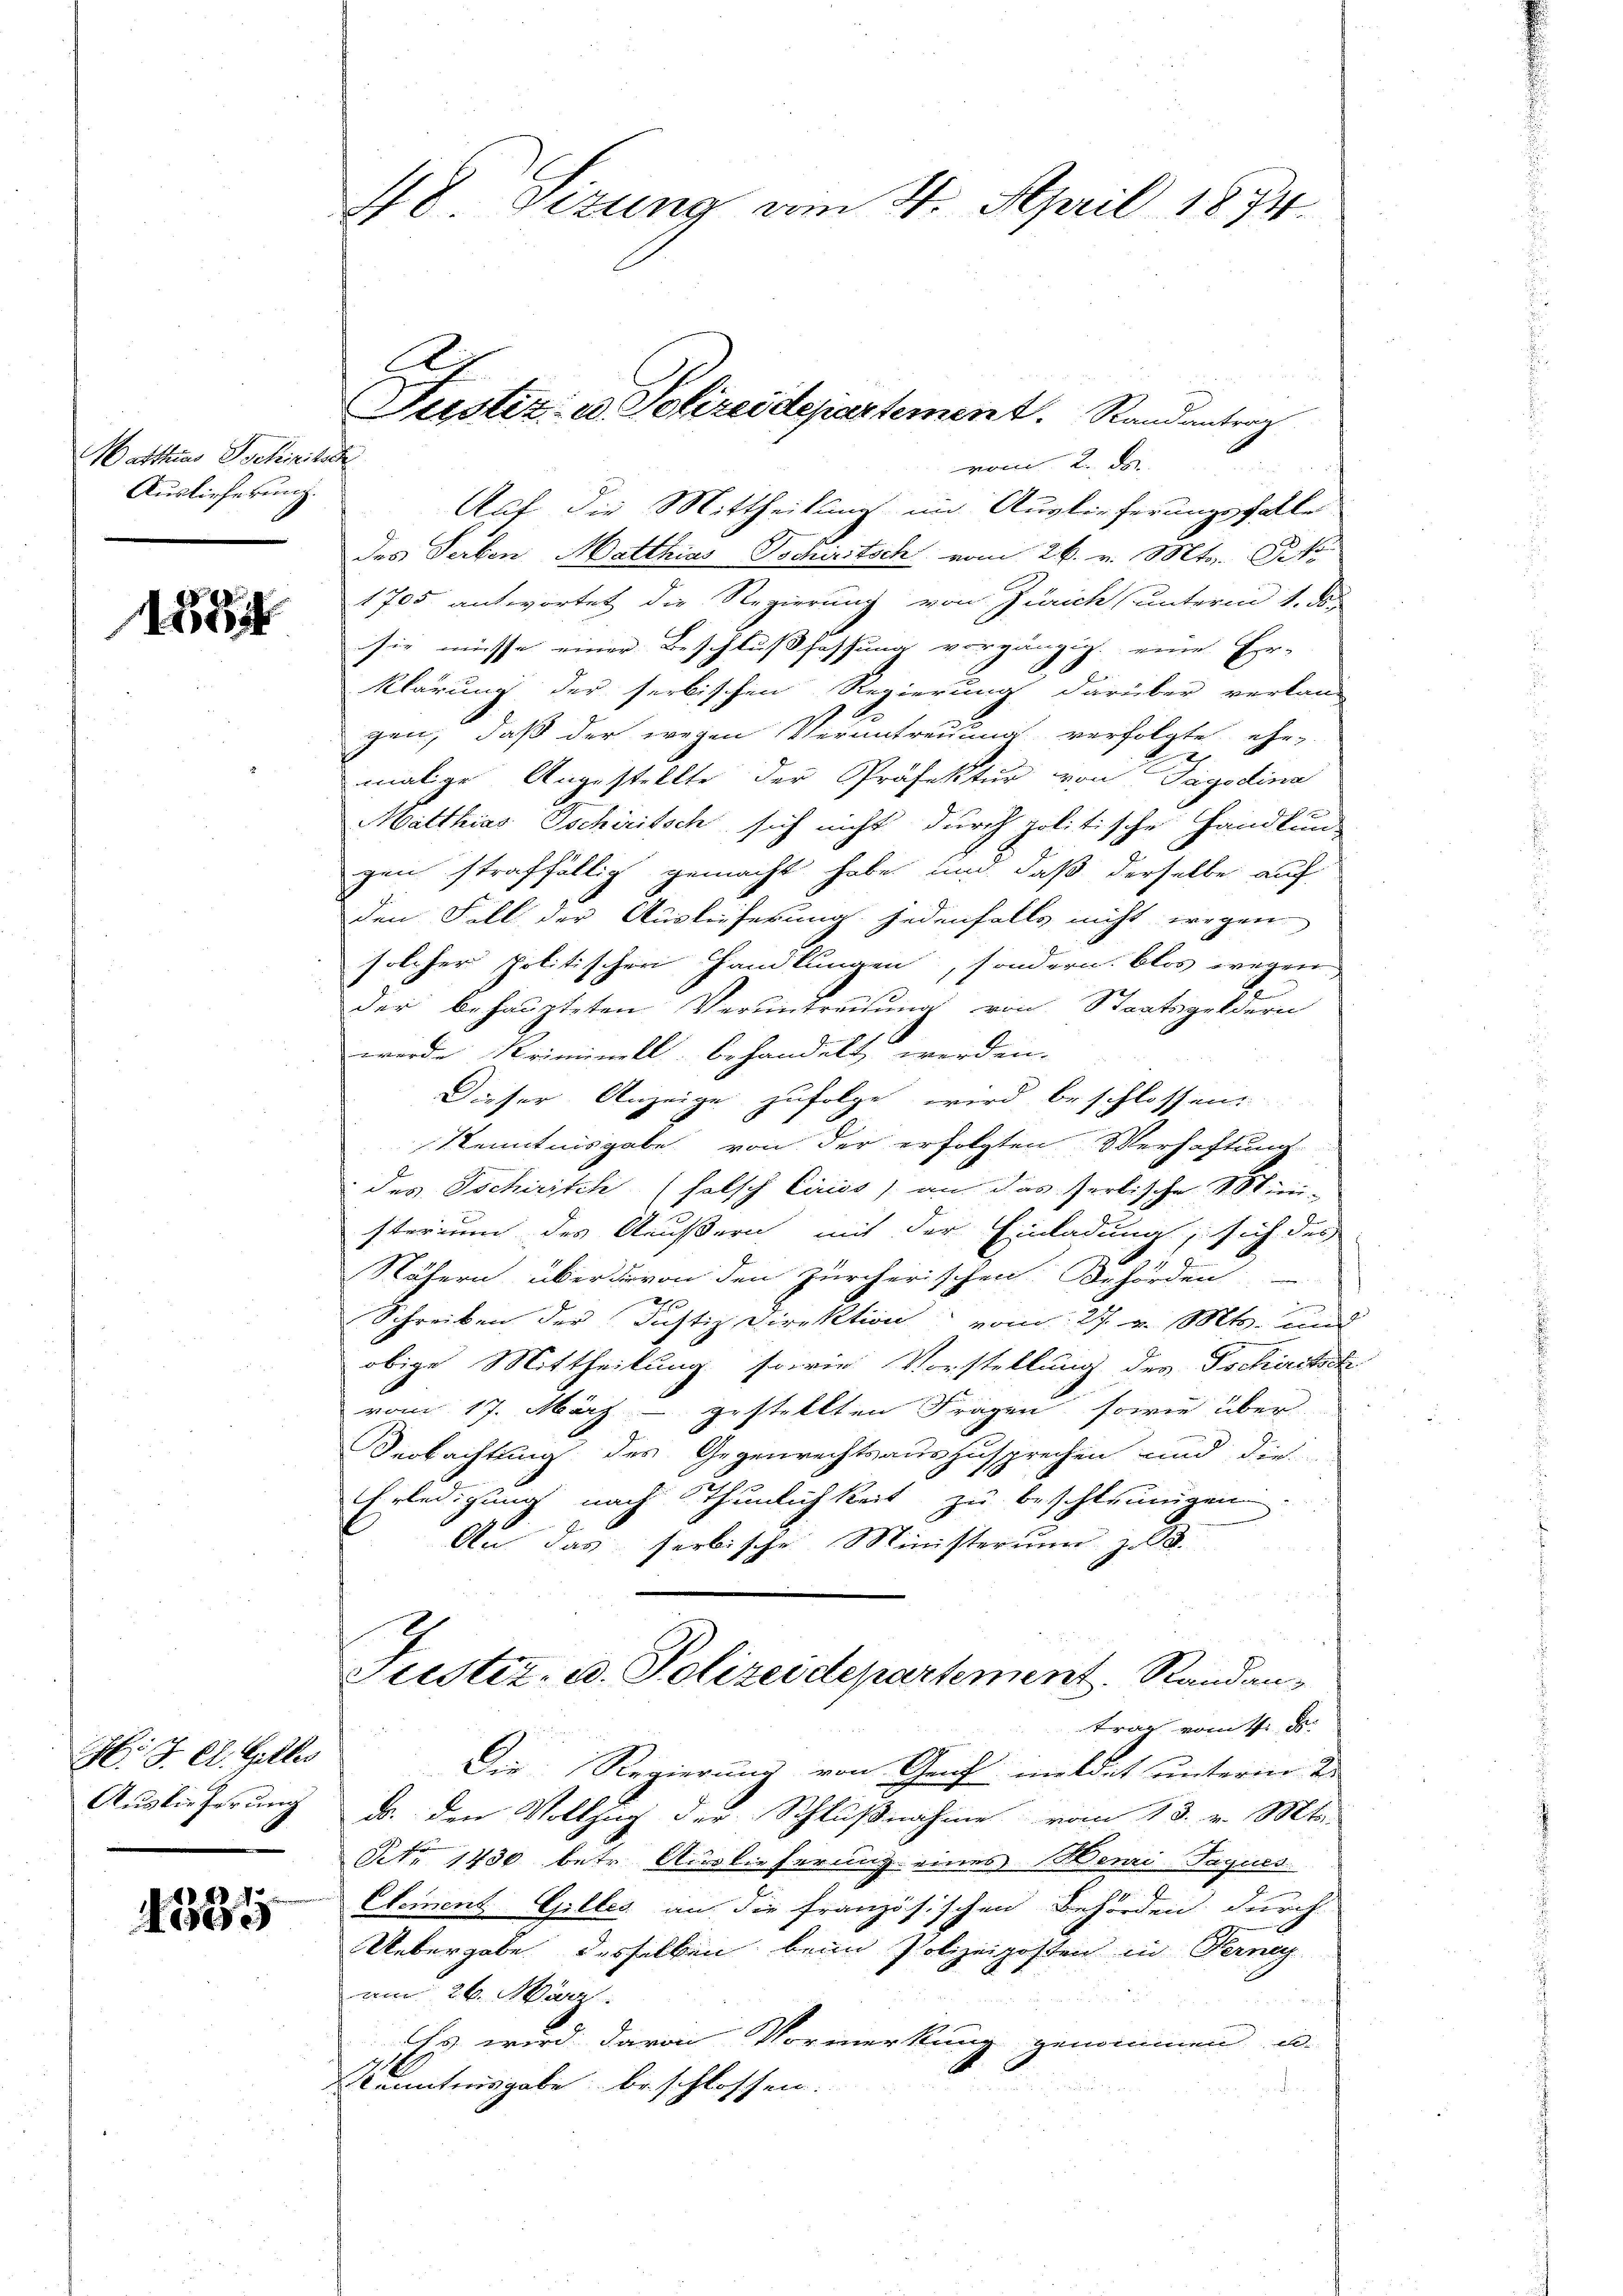
Batthias Schipitsch
Auslieferung.

5

H. J. C. Galles
Auslieferung

1581

8 Sizung am 4. April 1874
x
Justiz: es Polizeidepartement. Randantrag

vom 2. Di
Auf die Mittheilung im Auslieferungsfalle
des Serben Matthias Tocritsch vom 26. v. Mts. Pete
1705 antwortet die Regierung von Zürich unterm 1. d.
sie müsse einer Beschlußfaffung vorgängig. eine Er-
klärung der serbischen Regierung darüber verlan-
gen, daß der wegen Verantreuung verfolgte ehe
malige Angestellte der Präfektur von Tagodina
Matthias Tschiritsch sich nicht durch politische Handlung
gen straffällig gemacht habe und, daß derselbe auf
den Fall der Ausleiserung jedenfalls nicht wegen
solcher politischen Handlungen, sondern. Blos wegen
der behaupteten Veruntreitung von Staatsgeldern
wurde Kriminell behandelt werden.
Dieser Anzeige zufolge wird beschlossen.
Kenntnisgabe von der erfolgten Verhaftung
des Tschirisch (halsch Cirios) an das Verbische Mini-
sterium des Aeußern mit der Einladung, sich des
9
Nähern über die von den Zürcherischen Behörden
z
Schreiben der Justiz Direktion vom 27. v. Mts. und
obige Mittheilung sowie Vorstellung des Tschirstsch
vom 17. März - gestellten Fragen sowie über
Deobachtung des Gegenrechtsauszusprechen und die
Erledigung nach Thunlichkeit zu beschleunigen.
Au das serbische Ministerium z. B.
Justiz- u. Polizeidepartement. Randan-
trag vom 4. d.
Die Regierung von Graf meldet unterm 2.
ds. den Vollzug der Schlußnahme vom 13. v. Mts.
NNo. 1430 betr. Auslieferung eines Memi-Saques.
Clement Gilles an die französischen Behörden durch
Uebergabe desselben beim Polizeiposten in Ferney
am 26. März.
Es wird davon Vormerkung genommen u.
Kenntnisgabe beschlossen: